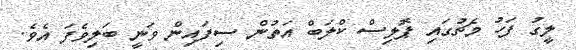
ލީގު ފަހު މެޗުގައި ޕޮލިސް ކްލަބް އަތުން ސިފައިން ވަނީ ބަލިވެފަ އެވެ.